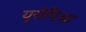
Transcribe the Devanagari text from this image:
युरोपिआ